Leprosy in India: report of the Leprosy Commission in India, 1890-91
Year: 1890
Disease focus: Leprosy
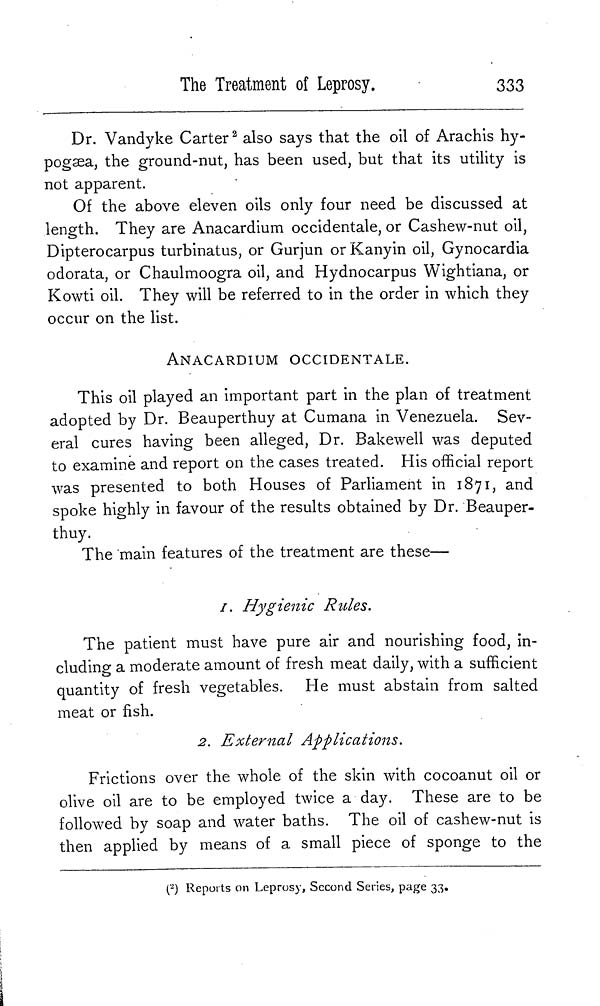
The Treatment of Leprosy.
333
Dr. Vandyke Carter 2 also says that the oil of Arachis hy-
pogæa, the ground-nut, has been used, but that its utility is
not apparent.
Of the above eleven oils only four need be discussed at
length. They are Anacardium occidentale, or Cashew-nut oil,
Dipterocarpus turbinatus, or Gurjun or Kanyin oil, Gynocardia
odorata, or Chaulmoogra oil, and Hydnocarpus Wightiana, or
Kowti oil. They will be referred to in the order in which they
occur on the list.
ANACARDIUM OCCIDENTALE.
This oil played an important part in the plan of treatment
adopted by Dr. Beauperthuy at Cumana in Venezuela. Sev-
eral cures having been alleged, Dr. Bakewell was deputed
to examine and report on the cases treated. His official report
was presented to both Houses of Parliament in 1871, and
spoke highly in favour of the results obtained by Dr. Beauper-
thuy.
The main features of the treatment are these—
1. Hygienic Rules.
The patient must have pure air and nourishing food, in-
cluding a moderate amount of fresh meat daily, with a sufficient
quantity of fresh vegetables. He must abstain from salted
meat or fish.
2. External
Applications.
Frictions over the whole of the skin with cocoanut oil or
olive oil are to be employed twice a day. These are to be
followed by soap and water baths. The oil of cashew-nut is
then applied by means of a small piece of sponge to the
( 2 ) Reports on Leprosy, Second Series, page 33.